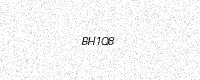
Text: BH1Q8